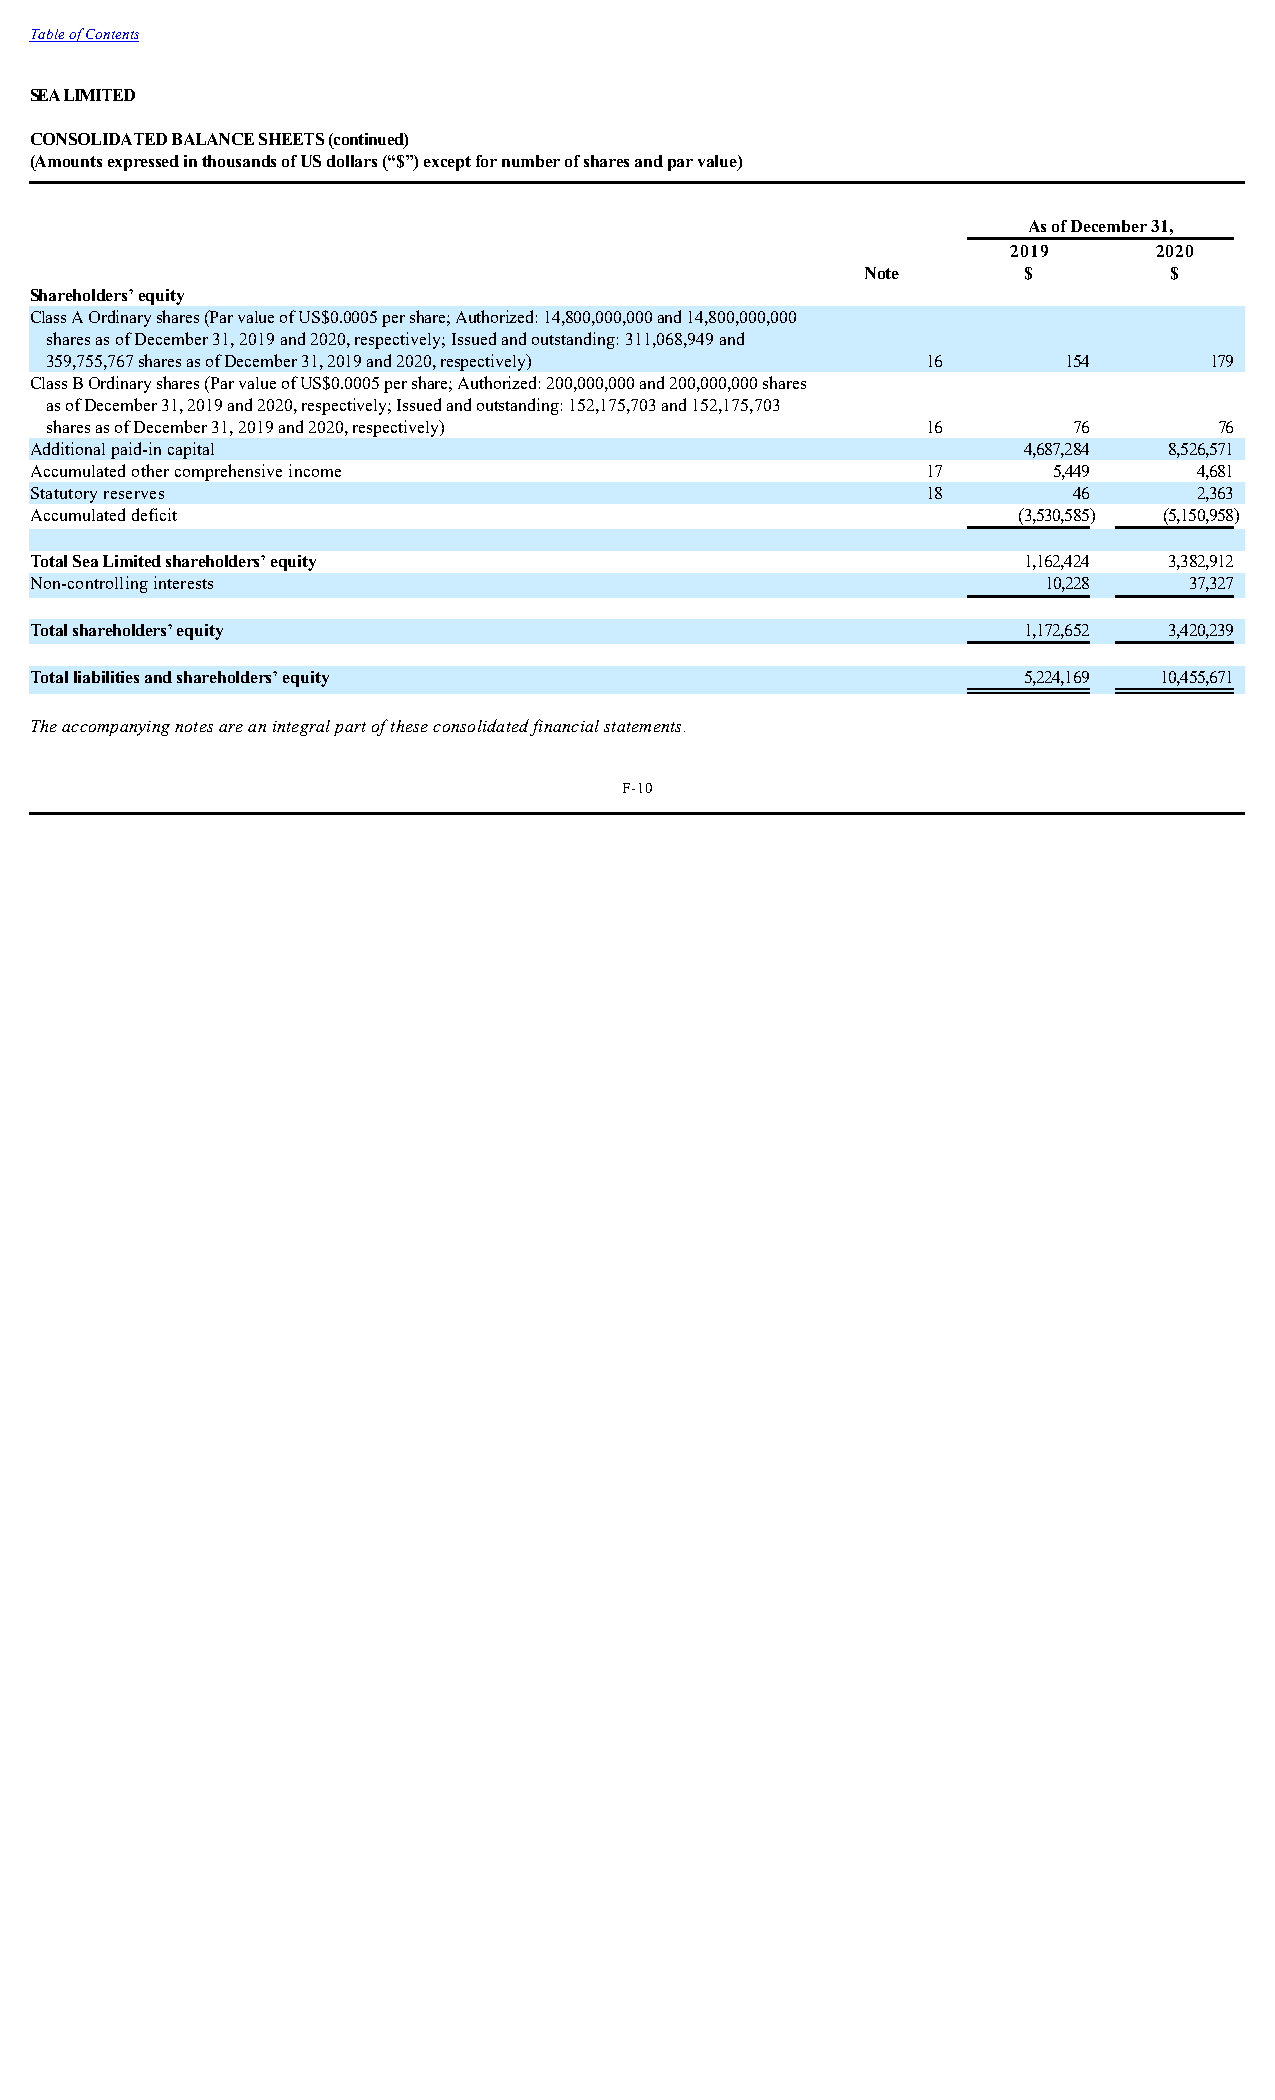
Table of Contents
 SEA LIMITED
 CONSOLIDATED BALANCE SHEETS (continued)
 (Amounts expressed in thousands of US dollars (“$”) except for number of shares and par value)
 As of December 31,
 2019      2020
 Note       $        $
 Shareholders’ equity
 Class A Ordinary shares (Par value of US$0.0005 per share; Authorized: 14,800,000,000 and 14,800,000,000
 shares as of December 31, 2019 and 2020, respectively; Issued and outstanding: 311,068,949 and
 359,755,767 shares as of December 31, 2019 and 2020, respectively) 16 154    179
 Class B Ordinary shares (Par value of US$0.0005 per share; Authorized: 200,000,000 and 200,000,000 shares
 as of December 31, 2019 and 2020, respectively; Issued and outstanding: 152,175,703 and 152,175,703
 shares as of December 31, 2019 and 2020, respectively)    16        76        76
 Additional paid-in capital                                        4,687,284 8,526,571
 Accumulated other comprehensive income                     17       5,449    4,681
 Statutory reserves                                         18        46      2,363
 Accumulated deficit                                              (3,530,585) (5,150,958)
 Total Sea Limited shareholders’ equity                            1,162,424 3,382,912
 Non-controlling interests                                          10,228    37,327
 Total shareholders’ equity                                        1,172,652 3,420,239
 Total liabilities and shareholders’ equity                        5,224,169 10,455,671
 The accompanying notes are an integral part of these consolidated financial statements.
 F-10